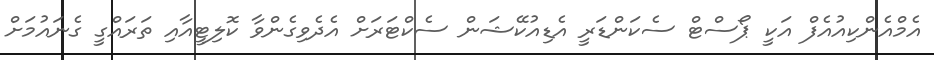
އެމްއެންކިއުއެފް އަކީ ޕޯސްޓް ސެކަންޑަރީ އެޑިއުކޭޝަން ސެކްޓަރަށް އެދެވިގެންވާ ކޮލިޓީއާއި ތަރައްގީ ގެނައުމަށް